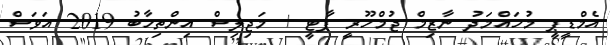
އެމްޑީޕީ މުހައްމަދު ނާޒިމް ޖުމްހޫރީ ޕާޓީ + މަޖިލިސް އިންތިހާބު 2019 އަވަސް